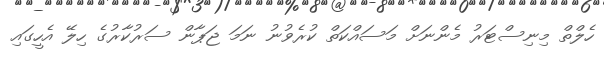
ހެލްްތް މިނިސްޓަރު މެންނަށް މަސައްކަތް ކުރެވުނު ނަމަ ޖަޕާން ސަރުކާރުގެ ހިލޭ އެހީގައި